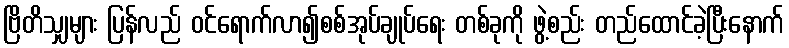
ဗြိတိသျှများ ပြန်လည် ဝင်ရောက်လာ၍စစ်အုပ်ချုပ်ရေး တစ်ခုကို ဖွဲ့စည်း တည်ထောင်ခဲ့ပြီးနောက်